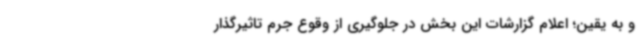
و به یقین؛ اعلام گزارشات این بخش در جلوگیری از وقوع جرم تاثیرگذار